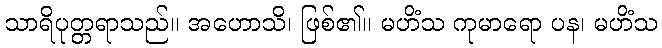
သာရိပုတ္တရာသည်။ အဟောသိ၊ ဖြစ်၏။ မဟိံသ ကုမာရော ပန၊ မဟိံသ